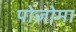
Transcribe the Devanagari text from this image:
पोजोमा